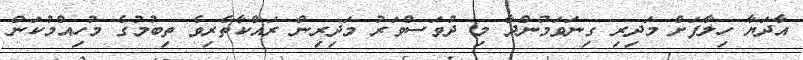
އާދަޔާ ހިލާފަށް މަދިރި ގިނަވަމުންދާ މި ދުވަސްވަރު މަދިރިން ރައްކާތެރިވެ ތިބުމުގެ މުހިއްމުކަން